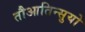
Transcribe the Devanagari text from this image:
तौआतिन्सुयो